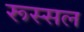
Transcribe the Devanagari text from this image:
रूस्सल